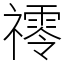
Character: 鿅